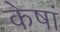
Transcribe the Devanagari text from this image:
केषां